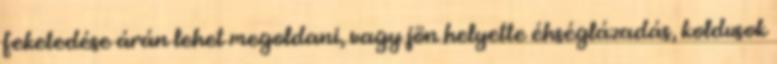
feketedése árán lehet megoldani, vagy jön helyette éhséglázadás, koldusok